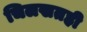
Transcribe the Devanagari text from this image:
चिलखतही